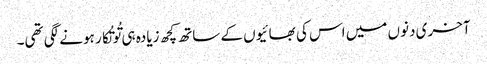
آخری دنوں میں اس کی بھائیوں کے ساتھ کچھ زیادہ ہی تُو تُکار ہونے لگی تھی۔